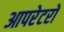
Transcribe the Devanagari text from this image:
आपरेटरों